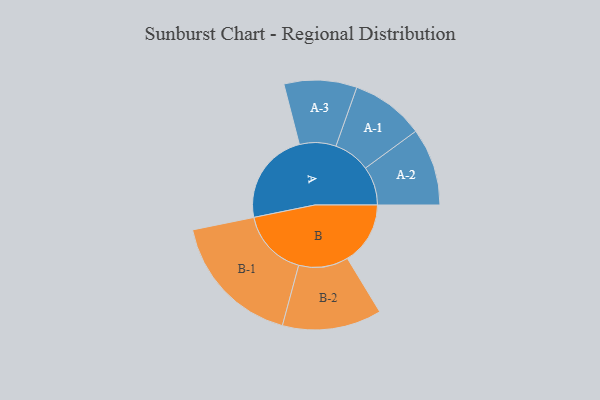
{"axis": {"x": "Segment", "y": "Value"}, "legend": ["", "A", "B"], "data": [{"x": "A", "y": 394, "type": ""}, {"x": "B", "y": 266, "type": ""}, {"x": "A-1", "y": 155, "type": "A"}, {"x": "A-2", "y": 164, "type": "A"}, {"x": "A-3", "y": 154, "type": "A"}, {"x": "B-1", "y": 287, "type": "B"}, {"x": "B-2", "y": 210, "type": "B"}]}